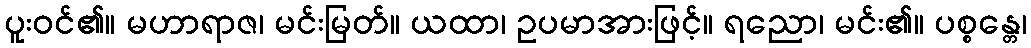
ပူးဝင်၏။ မဟာရာဇ၊ မင်းမြတ်။ ယထာ၊ ဥပမာအားဖြင့်။ ရညော၊ မင်း၏။ ပစ္စန္တေ၊